Scottish Leaving Certificate Examination, 1953
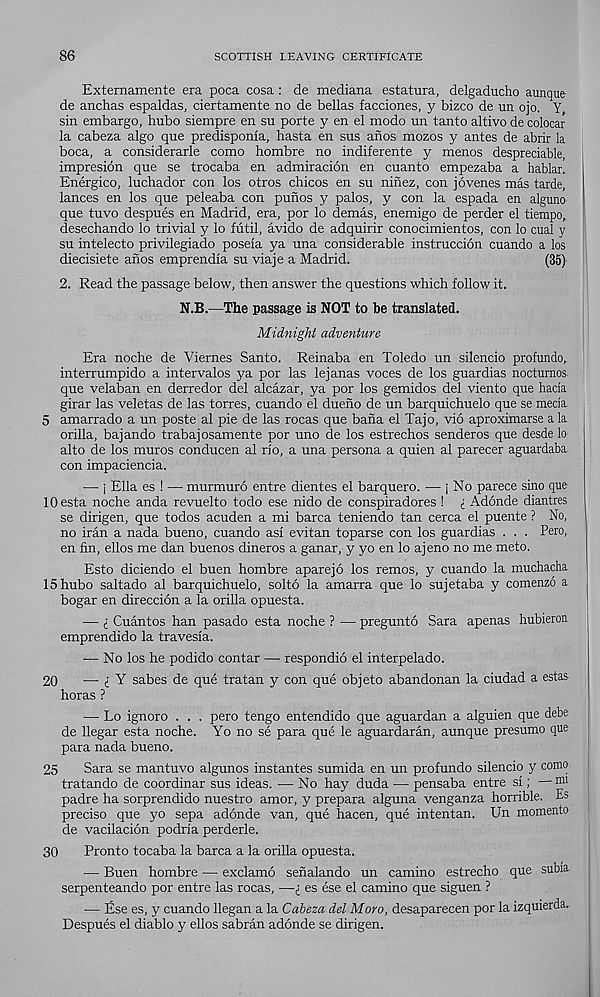
86
SCOTTISH LEAVING CERTIFICATE
Extemamente era poca cosa : de mediana estatura, delgaducho aunque
de anchas espaldas, ciertamente no de bellas facciones, y bizco de un ojo. Y,
sin embargo, bubo siempre en su porte y en el modo un tanto altivo de colocar
la cabeza algo que predisponla, hasta en sus anos mozos y antes de abrir la
boca, a considerarle como hombre no indiferente y menos despreciable,
impresion que se trocaba en admiracion en cuanto empezaba a hablar.
Energico, luchador con los otros chicos en su ninez, con jovenes mas tarde,
lances en los que peleaba con punos y palos, y con la espada en alguno
que tuvo despues en Madrid, era, por lo demas, enemigo de perder el tiempo,
desechando lo trivial y lo futil, avido de adquirir conocimientos, con lo cual y
su intelecto privilegiado poseia ya una considerable instruccion cuando a los
diecisiete anos emprendia su viaje a Madrid.
(35)
2. Read the passage below, then answer the questions which follow it.
N.B.—The passage is NOT to be translated.
Midnight adventure
Era noche de Viernes Santo. Reinaba en Toledo un silencio profundo,
interrumpido a intervalos ya por las lejanas voces de los guardias nocturnos
que velaban en derredor del alcazar, ya por los gemidos del viento que hacia
girar las veletas de las torres, cuando el dueno de un barquichuelo que se mecia.
5 amarrado a un poste al pie de las rocas que bana el Tajo, vio aproximarse a la
orilla, bajando trabajosamente por uno de los estrechos senderos que desde lo
alto de los muros conducen al rio, a una persona a quien al parecer aguardaba.
con impaciencia.
— j Ella es ! — murmuro entre dientes el barquero. •— j No parece sino que
lOesta noche anda revuelto todo ese nido de conspiradores ! i Adonde diantres
se dirigen, que todos acuden a mi barca teniendo tan cerca el puente ? No,
no Iran a nada bueno, cuando asi evitan toparse con los guardias . . . Pero,
en fin, ellos me dan buenos dineros a ganar, y yo en lo ajeno no me meto.
Esto diciendo el buen hombre aparejo los remos, y cuando la muchacha
IShubo saltado al barquichuelo, solto la amarra que lo sujetaba y comenzo a
bogar en direccion a la orilla opuesta.
— I Cuantos han pasado esta noche ? — pregunto Sara apenas hubieroa
emprendido la travesia.
— No los he podido contar —• respondio el interpelado.
20
— i Y sabes de que tratan y con que objeto abandonan la ciudad a estas
horas ?
— Lo ignore . . . pero tengo entendido que aguardan a alguien que debe
de llegar esta noche. Yo no se para que le aguardaran, aunque presumo que
para nada bueno.
25
Sara se mantuvo algunos instantes sumida en un profundo silencio y como
tratando de coordinar sus ideas. — No hay duda — pensaba entre si; —
padre ha sorprendido nuestro amor, y prepara alguna venganza horrible. Es
precise que yo sepa adonde van, que hacen, que intentan. Un momento
de vacilacion podria perderle.
30
Pronto tocaba la barca a la orilla opuesta.
— Buen hombre — exclamo senalando un camino estrecho que subia
serpenteando por entre las rocas, —£ es ese el camino que siguen ?
— £se es, y cuando llegan a la Cabeza del Moro, desaparecen por la izquierda.
Despues el diablo y ellos sabran adonde se dirigen.